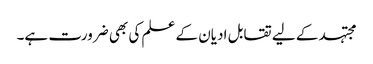
مجتہد کے لیے تقابل ادیان کے علم کی بھی ضرورت ہے۔